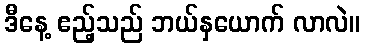
ဒီနေ့ ဧည့်သည် ဘယ်နှယောက် လာလဲ။